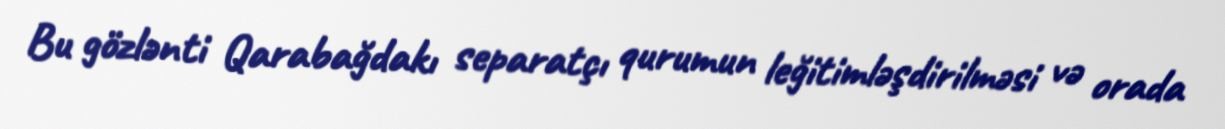
Bu gözlənti Qarabağdakı separatçı qurumun leğitimləşdirilməsi və orada